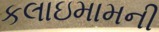
કલાઇમામની